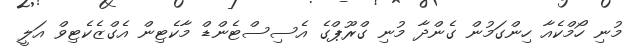
މުނި ހޯމްކެއާ ހިންގަމުން ގެންދާ މުނި ގްރޫޕްގެ އެސިސްޓެންޑް މާކެޓިން އެގްޒެކެޓިވް އަލީ